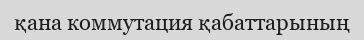
қана коммутация қабаттарының